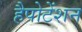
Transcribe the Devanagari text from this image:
हैपोटेंशन